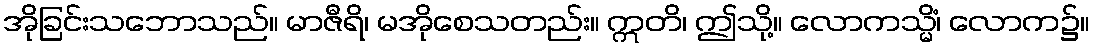
အိုခြင်းသဘောသည်။ မာဇီရိ၊ မအိုစေသတည်း။ ဣတိ၊ ဤသို့။ လောကသ္မိံ၊ လောက၌။